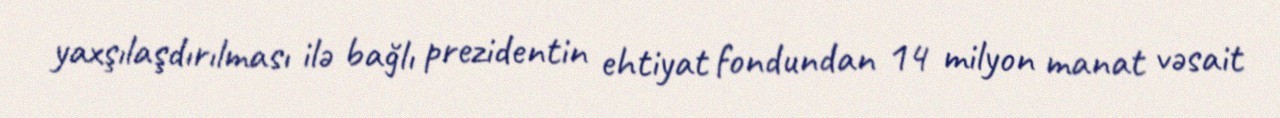
yaxşılaşdırılması ilə bağlı prezidentin ehtiyat fondundan 14 milyon manat vəsait